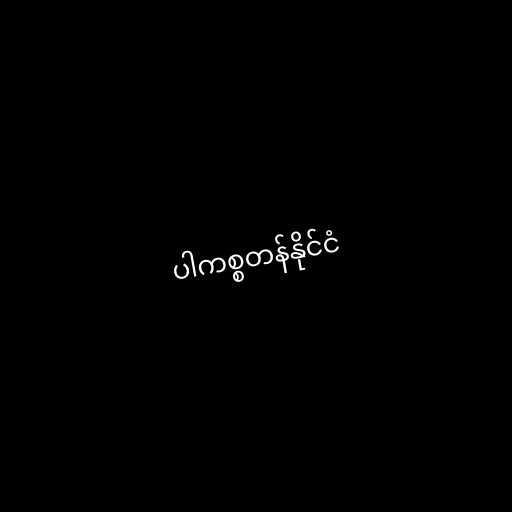
ပါကစ္စတန်နိုင်ငံ